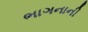
ભાગનાની